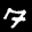
Label: 7